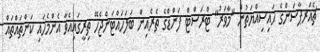
ޗެއަރޕާސަންގެ ޙައިސިއްޔަތުން "މާވަރު" ޓްރަސްޓް ފަންޑްގެ ތެރެއިން ބަލަހައްޓަންޖެހޭ ތިރީގައިއެވާ އެންމެހައި ކަންތައްތައް